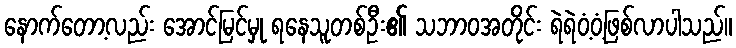
နောက်တော့လည်း အောင်မြင်မှု ရနေသူတစ်ဦး၏ သဘာဝအတိုင်း ရဲရဲဝံ့ဝံ့ဖြစ်လာပါသည်။